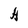
Character: H